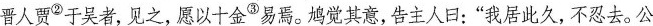
晋人贾②于吴者，见之，愿以十金③易焉。鸠觉其意，告主人日：”我居此久，不忍去。公